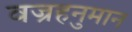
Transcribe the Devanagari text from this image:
वज्रहनुमान